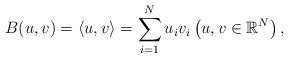
LaTeX: \begin{align*} B(u, v)= \langle u, v\rangle = \sum_{i=1}^{N}u_{i}v_{i} \left(u, v\in \mathbb{R}^{N}\right), \end{align*}